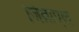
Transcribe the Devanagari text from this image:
जिब्राएल